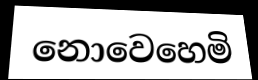
නොවෙහෙමි